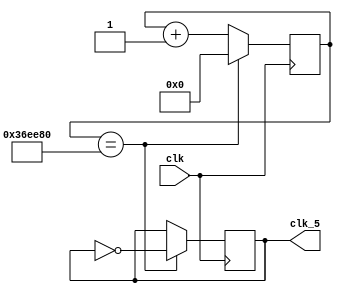
module function_clock
(
	input clk,
	output clk_5
);
	reg clk_div;
	assign clk_5=clk_div;
reg [24:0]count_clk;
initial 
begin
clk_div=0;
count_clk=0;
end
always @(posedge clk)
begin
	if(count_clk==3600000)
	begin
		count_clk<=0;
		clk_div<=~clk_div;
	end
	else count_clk<=count_clk+1;
end
endmodule